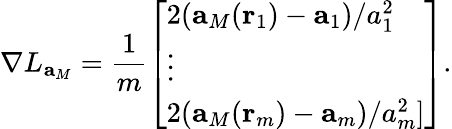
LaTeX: \nabla L_{\mathbf{a}_{M}}=\frac{1}{m}\left[\begin{array}{l}{2(\mathbf{a}_{M}(\mathbf{r}_{1})-\mathbf{a}_{1})/a_{1}^{2}}\\ {\vdots}\\ {2(\mathbf{a}_{M}(\mathbf{r}_{m})-\mathbf{a}_{m})/a_{m}^{2}]}\end{array}\right].